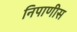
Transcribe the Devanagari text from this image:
निपाणीस